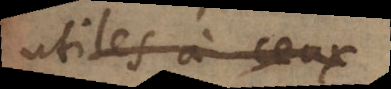
utiles qu’à ceux,